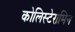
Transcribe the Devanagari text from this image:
कोलिस्टेरामिन